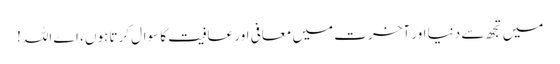
میں تجھ سے دنیا اور آخرت میں معافی اور عافیت کا سوال کرتا ہوں، اے اللہ!